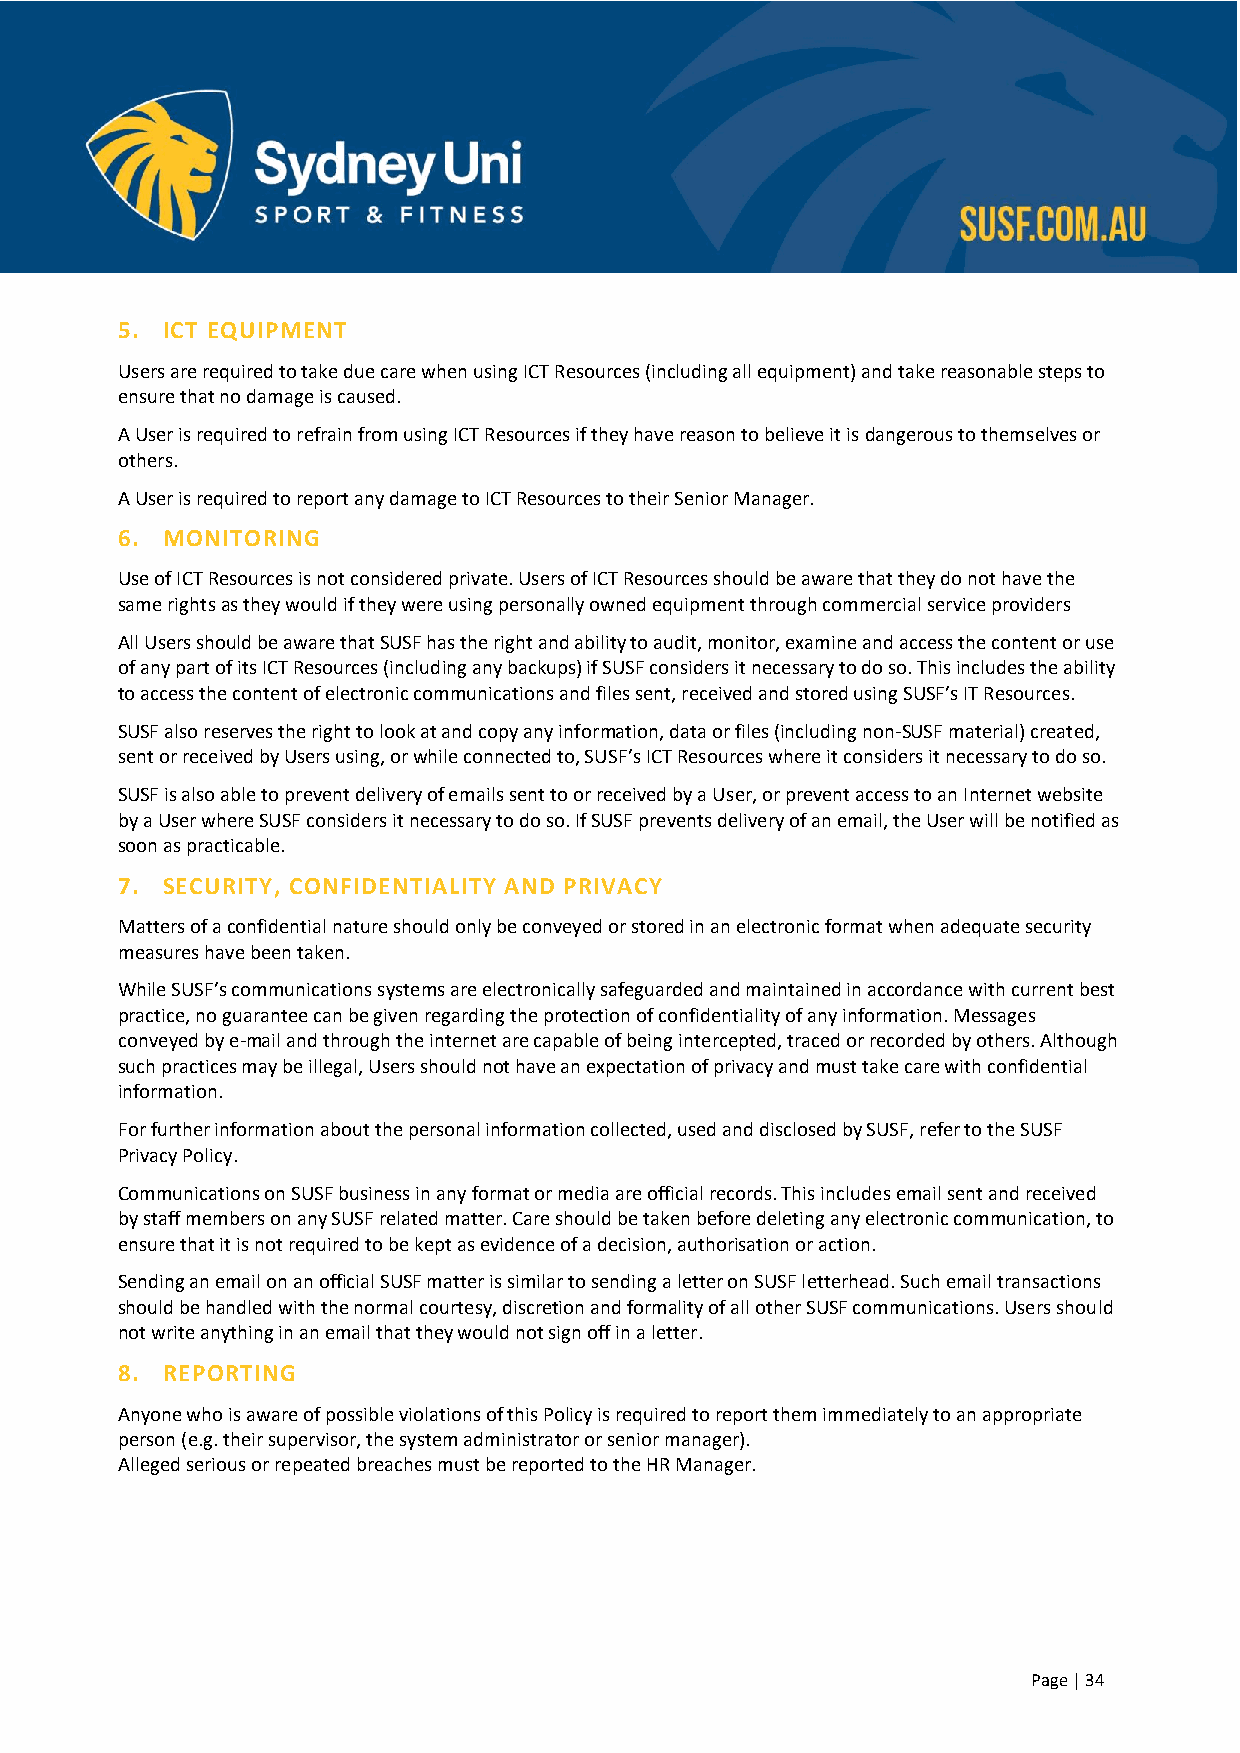
5. ICT EQUIPMENT
 Users are required to take due care when using ICT Resources (including all equipment) and take reasonable steps to
 ensure that no damage is caused.
 A User is required to refrain from using ICT Resources if they have reason to believe it is dangerous to themselves or
 others.
 A User is required to report any damage to ICT Resources to their Senior Manager.
 6. MONITORING
 Use of ICT Resources is not considered private. Users of ICT Resources should be aware that they do not have the
 same rights as they would if they were using personally owned equipment through commercial service providers
 All Users should be aware that SUSF has the right and ability to audit, monitor, examine and access the content or use
 of any part of its ICT Resources (including any backups) if SUSF considers it necessary to do so. This includes the ability
 to access the content of electronic communications and files sent, received and stored using SUSF’s IT Resources.
 SUSF also reserves the right to look at and copy any information, data or files (including non-SUSF material) created,
 sent or received by Users using, or while connected to, SUSF’s ICT Resources where it considers it necessary to do so.
 SUSF is also able to prevent delivery of emails sent to or received by a User, or prevent access to an Internet website
 by a User where SUSF considers it necessary to do so. If SUSF prevents delivery of an email, the User will be notified as
 soon as practicable.
 7. SECURITY, CONFIDENTIALITY AND PRIVACY
 Matters of a confidential nature should only be conveyed or stored in an electronic format when adequate security
 measures have been taken.
 While SUSF’s communications systems are electronically safeguarded and maintained in accordance with current best
 practice, no guarantee can be given regarding the protection of confidentiality of any information. Messages
 conveyed by e-mail and through the internet are capable of being intercepted, traced or recorded by others. Although
 such practices may be illegal, Users should not have an expectation of privacy and must take care with confidential
 information.
 For further information about the personal information collected, used and disclosed by SUSF, refer to the SUSF
 Privacy Policy.
 Communications on SUSF business in any format or media are official records. This includes email sent and received
 by staff members on any SUSF related matter. Care should be taken before deleting any electronic communication, to
 ensure that it is not required to be kept as evidence of a decision, authorisation or action.
 Sending an email on an official SUSF matter is similar to sending a letter on SUSF letterhead. Such email transactions
 should be handled with the normal courtesy, discretion and formality of all other SUSF communications. Users should
 not write anything in an email that they would not sign off in a letter.
 8. REPORTING
 Anyone who is aware of possible violations of this Policy is required to report them immediately to an appropriate
 person (e.g. their supervisor, the system administrator or senior manager).
 Alleged serious or repeated breaches must be reported to the HR Manager.
 Page | 34